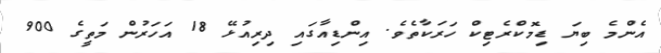
އެންމެ ބިޔަ ޑިމޮކްރެޓިކް ހަރަކާތެވެ. އިންޑިއާގައި ދިރިއުޅޭ 18 އަހަރުން މަތީގެ 900